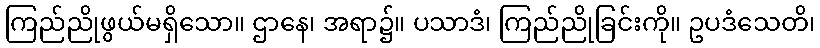
ကြည်ညိုဖွယ်မရှိသော။ ဌာနေ၊ အရာ၌။ ပသာဒံ၊ ကြည်ညိုခြင်းကို။ ဥပဒံသေတိ၊